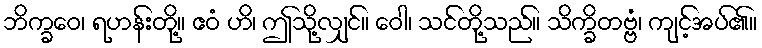
ဘိက္ခဝေ၊ ရဟန်းတို့။ ဧဝံ ဟိ၊ ဤသို့လျှင်။ ဝေါ၊ သင်တို့သည်။ သိက္ခိတဗ္ဗံ၊ ကျင့်အပ်၏။